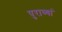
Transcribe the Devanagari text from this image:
पुराव्यां